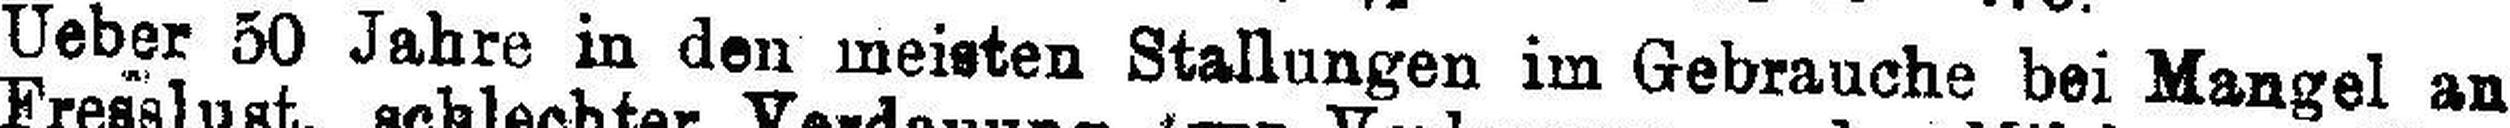
Ueber 50 Jahre in den meisten Stallungen im Gebrauche bei Mangel an